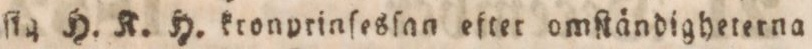
ſig H. K. H. kronprinſesſan efter omſtändigheterna